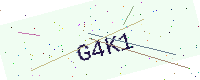
Text: G4K1